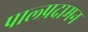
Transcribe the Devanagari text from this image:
पाल्प्रदामन